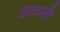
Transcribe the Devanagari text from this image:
उलटली